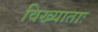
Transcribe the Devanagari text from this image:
विख्याताः